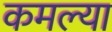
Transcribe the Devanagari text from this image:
कमल्या